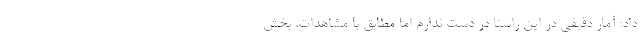
داد: آمار دقیقی در این راستا در دست ندارم اما مطابق با مشاهدات، بخش